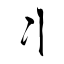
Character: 丬